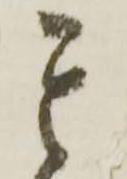
其